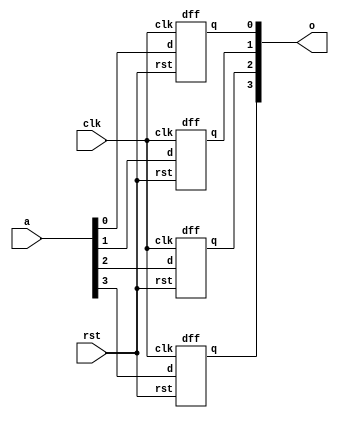
module pipo(a,rst,clk,o);
  input rst,clk;
  input [3:0]a;
  output [3:0]o;
  //reg [3:0]o;
  dff f1(a[0],rst,clk,o[0]);
  dff f2(a[1],rst,clk,o[1]);
  dff f3(a[2],rst,clk,o[2]);
  dff f4(a[3],rst,clk,o[3]);
endmodule
  
  
module dff(d,rst,clk,q);
  input d,rst,clk;
  output q;
  reg q;
  always@(posedge clk)
  begin
    if(rst==1)
        q=0;
    else
        q=d;
      end
      

endmodule